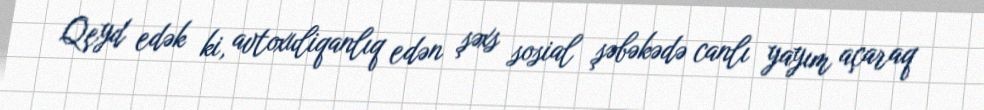
Qeyd edək ki, avtoxuliqanlıq edən şəxs sosial şəbəkədə canlı yayım açaraq